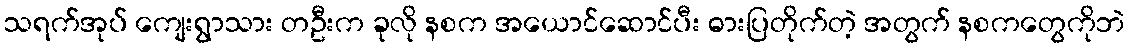
သရက်အုပ် ကျေးရွာသား တဦးက ခုလို နစက အယောင်ဆောင်ပီး ဓားပြတိုက်တဲ့ အတွက် နစကတွေကိုဘဲ